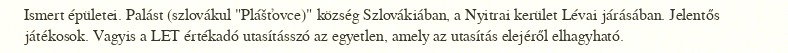
Ismert épületei. Palást (szlovákul "Plášťovce)" község Szlovákiában, a Nyitrai kerület Lévai járásában. Jelentős játékosok. Vagyis a LET értékadó utasításszó az egyetlen, amely az utasítás elejéről elhagyható.